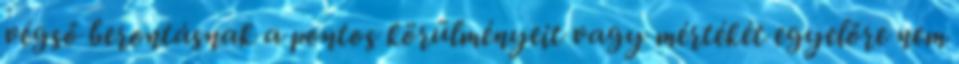
végső berontásnak a pontos körülményeit vagy mértékét egyelőre nem